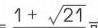
$1+\sqrt {21}=$